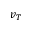
v _ { T }